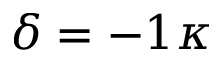
\delta = - 1 \kappa